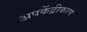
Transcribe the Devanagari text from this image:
अपकेंद्रीकरण